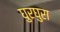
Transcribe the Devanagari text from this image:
घुरघुरा